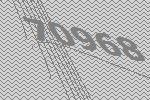
70968